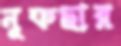
নুফছার